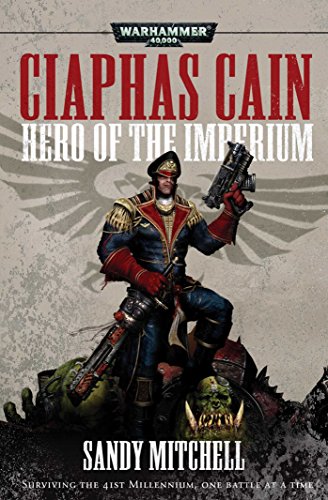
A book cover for Ciaphas Cain: Hero of the Imperium; Sandy Mitchell; Science Fiction & Fantasy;